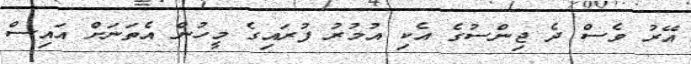
އޭރު ވެސް ދެ ޖިންސުގެ އެކި އުމުރު ފުރައިގެ މީހުން އެތަނަށް އައިސް